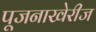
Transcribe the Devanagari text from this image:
पूजनाखेरीज